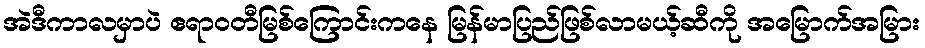
အဲဒီကာလမှာပဲ ဧရာဝတီမြစ်ကြောင်းကနေ မြန်မာပြည်ဖြစ်လာမယ့်ဆီကို အမြောက်အမြား